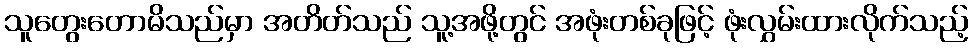
သူတွေးတောမိသည်မှာ အတိတ်သည် သူ့အဖို့တွင် အဖုံးတစ်ခုဖြင့် ဖုံးလွှမ်းထားလိုက်သည့်